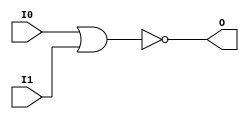
module NOR2 (O, I0, I1);

    output O;

    input  I0, I1;

    nor O1 (O, I0, I1);


endmodule